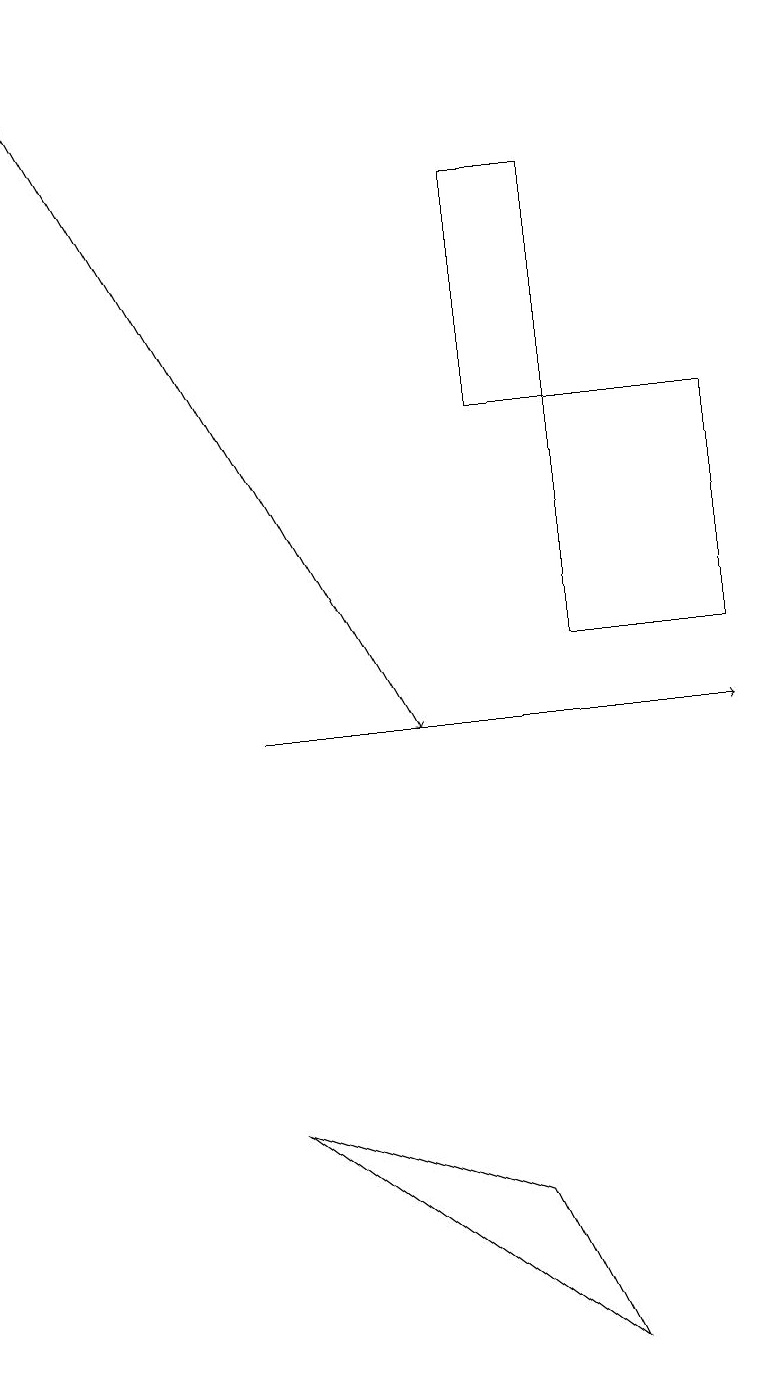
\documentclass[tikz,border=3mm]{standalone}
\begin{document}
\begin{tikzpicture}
\draw (7,13) rectangle (7,11);
\draw[->] (3,10) -- (9,10);
\draw (6,17) rectangle (7,14);
\draw (6,4) -- (7,2) -- (3,5) -- cycle;
\draw[->] (0,19) -- (5,10);
\draw (7,11) rectangle (9,14);
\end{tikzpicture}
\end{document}